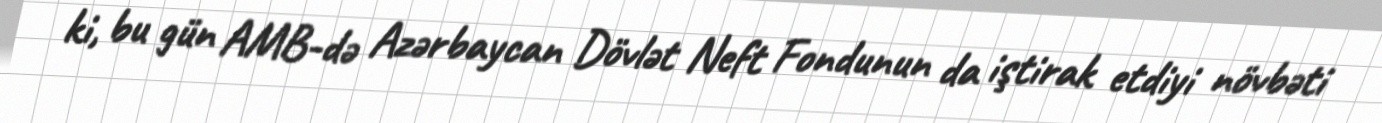
ki, bu gün AMB-də Azərbaycan Dövlət Neft Fondunun da iştirak etdiyi növbəti